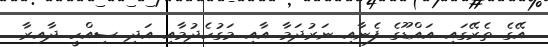
އޭގެ ތެރޭގައި އައްޑޫގެ ފެނާއި ނަރުދަމާ އާއި މަގުހެދުމާއި އަދި ސިއްހީ ދާއިރާ